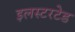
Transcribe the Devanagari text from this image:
इलस्टरटेड